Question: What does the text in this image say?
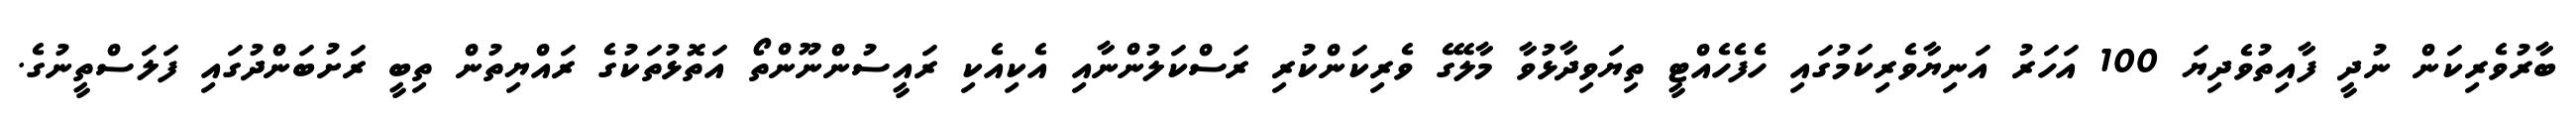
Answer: ބާރުވެރިކަން ނުދީ ފާއިތުވެދިޔަ 100 އަހަރު އަނިޔާވެރިކަމުގައި ހެފެހެއްޓީ ތިޔަވިދާޅުވާ މާލޭގެ ވެރިކަންކުރި ރަސްކަލުންނާއި އެކިއެކި ރައީސުންނޫންތޯ އަތޮޅުތަކުގެ ރައްޔިތުން ތިބީ ރަށުބަންދުގައި ފަލަސްތީނުގެ.